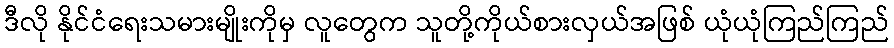
ဒီလို နိုင်ငံရေးသမားမျိုးကိုမှ လူတွေက သူတို့ကိုယ်စားလှယ်အဖြစ် ယုံယုံကြည်ကြည်